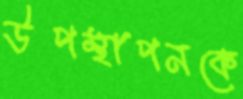
উপস্থাপনকে